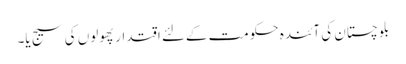
بلوچستان کی آئندہ حکومت کےلئے اقتدار پھولوں کی سیج یا۔